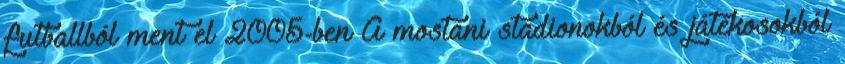
futballból ment el 2005-ben A mostani stadionokból és játékosokból